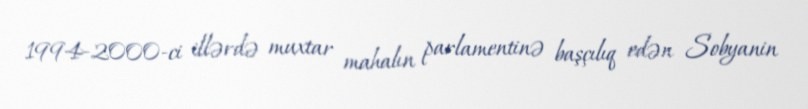
1994-2000-ci illərdə muxtar mahalın parlamentinə başçılıq edən Sobyanin